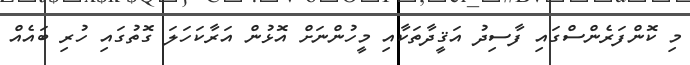
މި ކޮންފަރެންސްގައި ފާސިދު އަޤީދާތަކާއި މީހުންނަށް އޮޅުން އަރާކަހަލަ ގޮތުގައި ހުރި ބައެއް